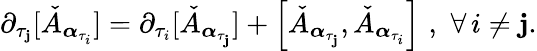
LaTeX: \partial_{\tau_{\mathbf{j}}}[\check{{A}}_{\boldsymbol{\alpha}_{\tau_{i}}}]=\partial_{\tau_{i}}[\check{{A}}_{\boldsymbol{\alpha}_{\tau_{\mathbf{j}}}}]+\left[\check{{A}}_{\boldsymbol{\alpha}_{\tau_{\mathbf{j}}}},\check{{A}}_{\boldsymbol{\alpha}_{\tau_{i}}}\right]\, \, ,\, \, \forall\, i\neq\mathbf{j}.